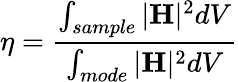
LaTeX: \eta=\frac{\int_{sample}|\mathbf{H}|^{2}dV}{\int_{mode}|\mathbf{H}|^{2}dV}